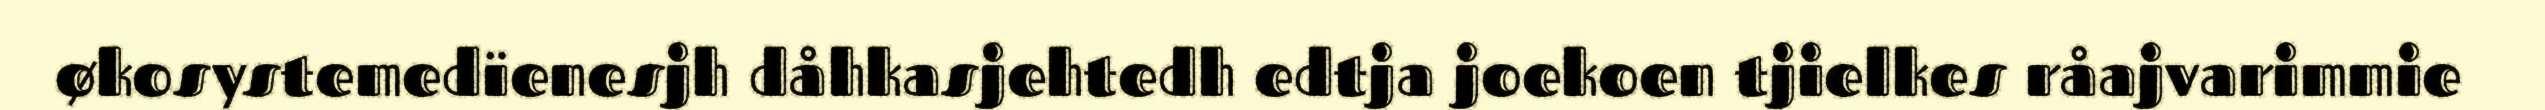
økosystemedïenesjh dåhkasjehtedh edtja joekoen tjielkes råajvarimmie